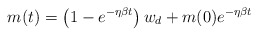
\begin{align*}m(t)=\left(1-e^{-\eta\beta t}\right)w_d+m(0)e^{-\eta\beta t}\end{align*}